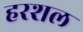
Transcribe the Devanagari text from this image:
हरशल